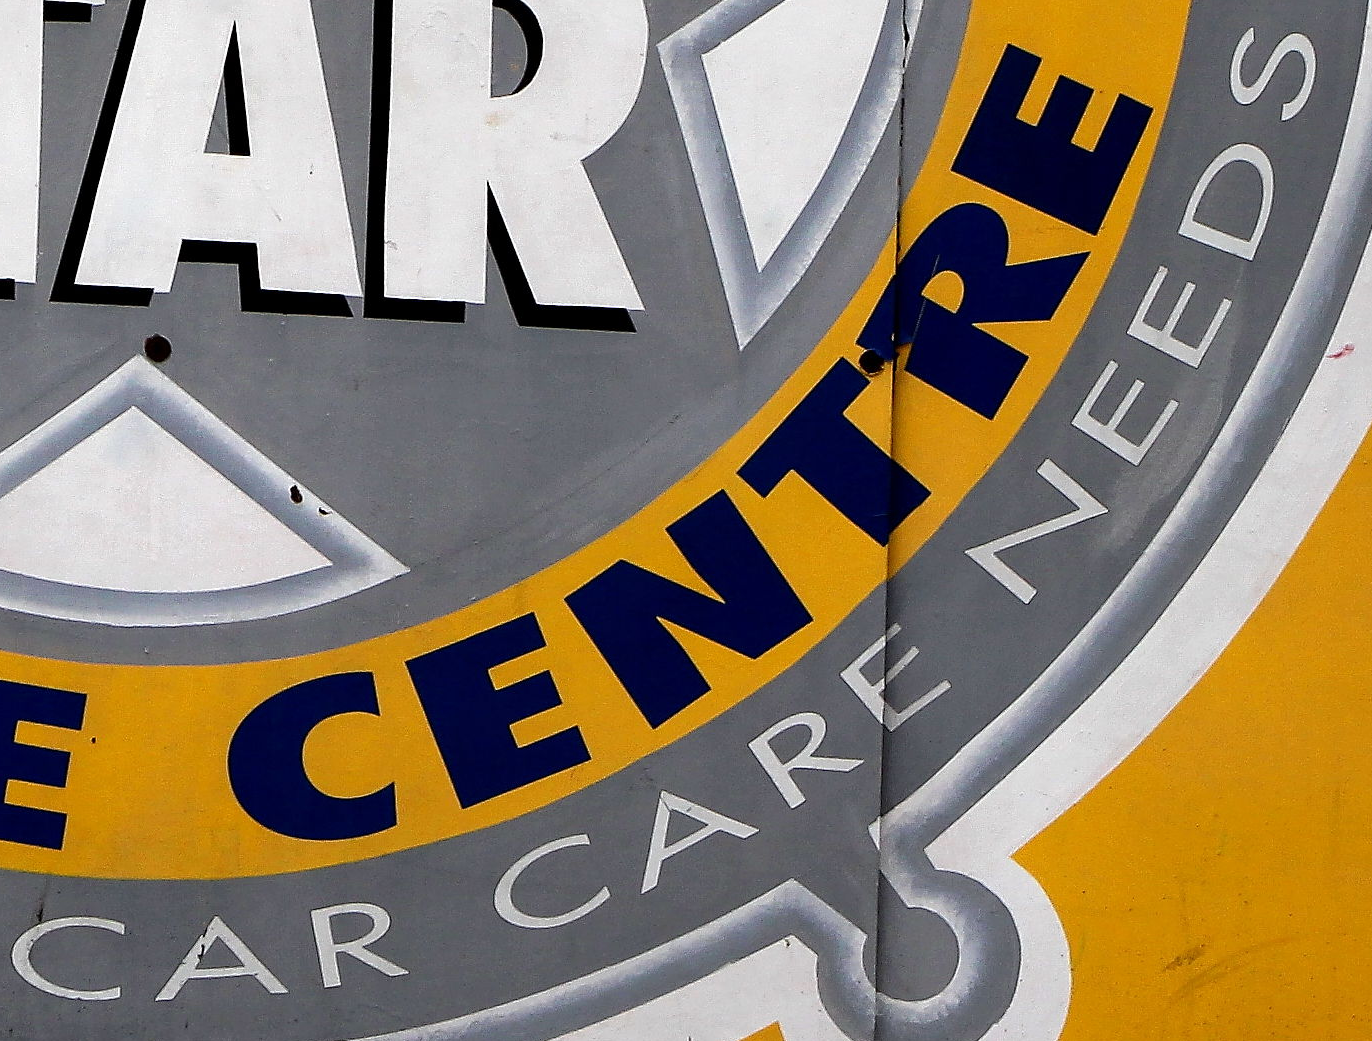
CAR CARE NEEDS